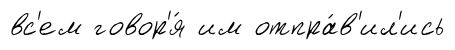
вс'ем говор'я́ им отпра́в'ил'ись